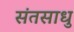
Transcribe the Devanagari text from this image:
संतसाधु